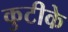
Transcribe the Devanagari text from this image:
कुटीके